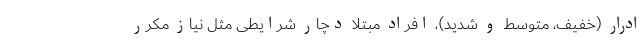
ادرار (خفیف، متوسط و شدید)، افراد مبتلا دچار شرایطی مثل نیاز مکرر